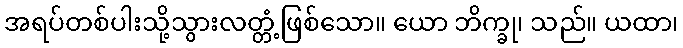
အရပ်တစ်ပါးသို့သွားလတ္တံ့ဖြစ်သော။ ယော ဘိက္ခု၊ သည်။ ယထာ၊